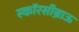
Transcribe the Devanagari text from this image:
स्कॉरसीब्राऊ